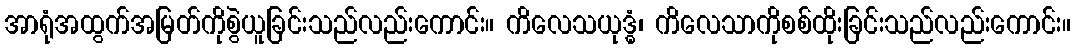
အာရုံအထွက်အမြတ်ကိုစွဲယူခြင်းသည်လည်းကောင်း။ ကိလေသယုဒ္ဓံ၊ ကိလေသာကိုစစ်ထိုးခြင်းသည်လည်းကောင်း။